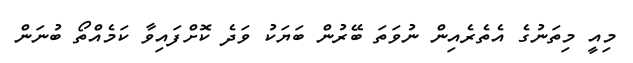
މިއީ މިތަނުގެ އެތެރެއިން ނުވަތަ ބޭރުން ބަޔަކު ވަދެ ކޮށްފައިވާ ކަމެއްތޯ ބުނަން